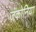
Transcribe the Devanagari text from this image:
जकोनिया